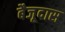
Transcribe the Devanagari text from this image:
बैजूदास